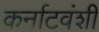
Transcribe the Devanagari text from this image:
कर्नाटवंशी